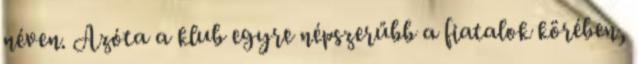
néven. Azóta a klub egyre népszerűbb a fiatalok körében,